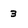
Character: 3